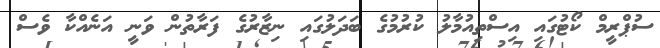
ސުޕްރީމް ކޯޓުގައި އިސްތިއުމާލު ކުރުމުގެ ބަދަލުގައި ނިޒާރުގެ ފަރާތުން ވަނީ އަނެއްކާ ވެސް